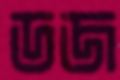
ডজ